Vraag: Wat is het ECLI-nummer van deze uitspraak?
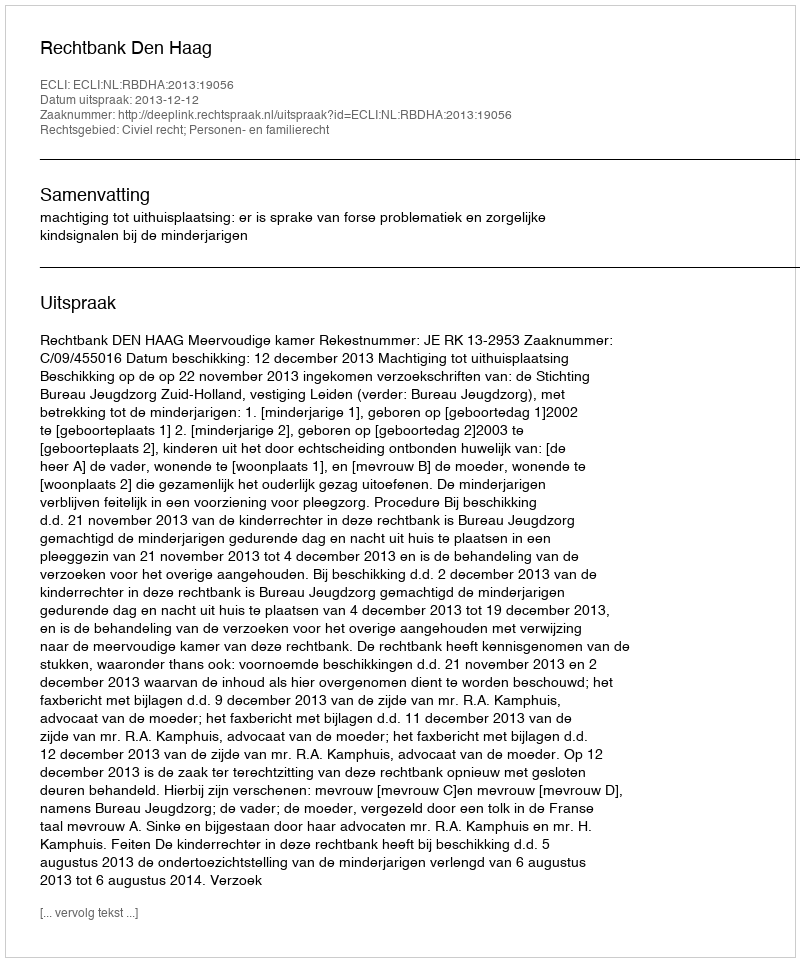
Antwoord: ECLI:NL:RBDHA:2013:19056